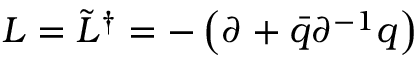
{ \cal L } = \tilde { L } ^ { \dagger } = - \left( \partial + \bar { q } \partial ^ { - 1 } q \right)